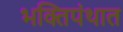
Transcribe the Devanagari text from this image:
भक्तिपंथात